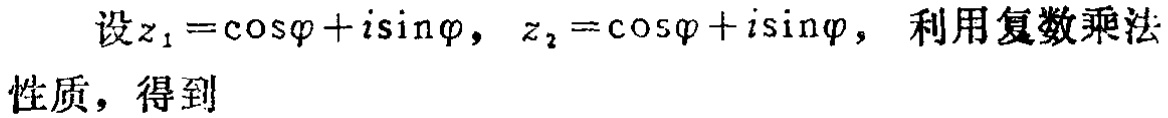
设\(z_{1}=\cos\varphi +i\sin\varphi\)，\(z_{2}=\cos\varphi +i\sin\varphi\)，利用复数乘法性质，得到